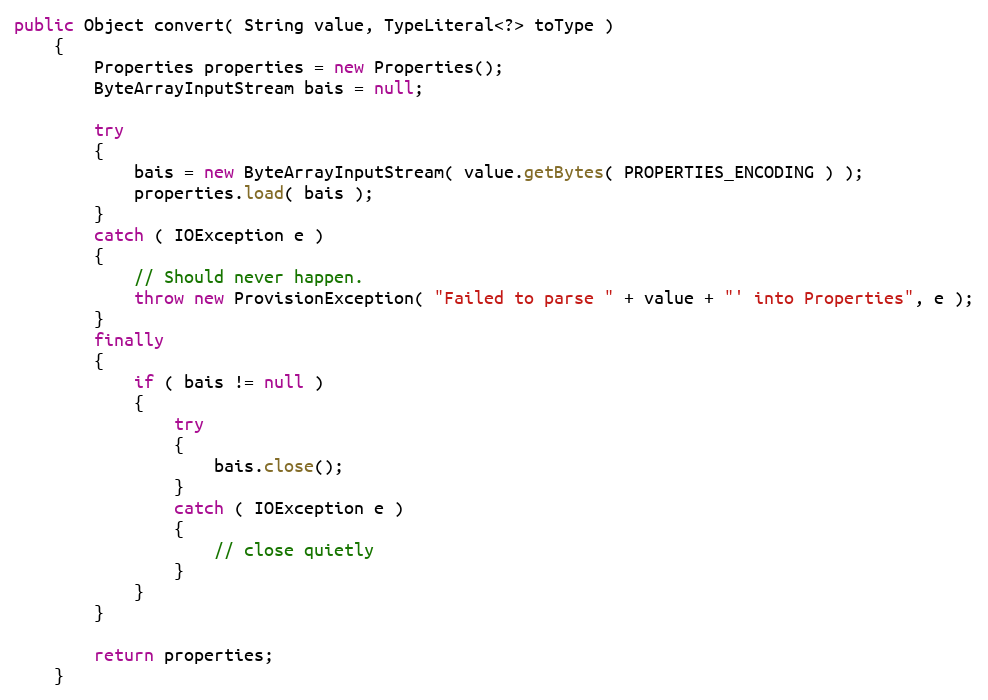
Language: Java
public Object convert( String value, TypeLiteral<?> toType )
    {
        Properties properties = new Properties();
        ByteArrayInputStream bais = null;

        try
        {
            bais = new ByteArrayInputStream( value.getBytes( PROPERTIES_ENCODING ) );
            properties.load( bais );
        }
        catch ( IOException e )
        {
            // Should never happen.
            throw new ProvisionException( "Failed to parse " + value + "' into Properties", e );
        }
        finally
        {
            if ( bais != null )
            {
                try
                {
                    bais.close();
                }
                catch ( IOException e )
                {
                    // close quietly
                }
            }
        }

        return properties;
    }